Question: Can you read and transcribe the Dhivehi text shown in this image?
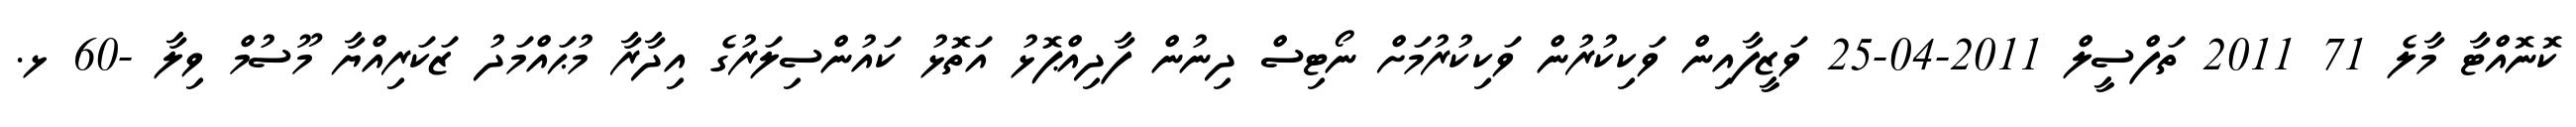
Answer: ކޮނޮއްޓާ މާލެ 71 2011 ތަފްސީލް 2011-04-25 ވަޒީފާއިން ވަކިކުރުން ވަކިކުރުމަށް ނޯޓިސް ދިނުން ފާދިއްޕޮޅު އަތޮޅު ކައުންސިލަރުގެ އިދާރާ މުޙައްމަދު ޒަކަރިއްޔާ މޫސުމް ވިލާ -60 ޅ.